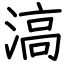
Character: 滈